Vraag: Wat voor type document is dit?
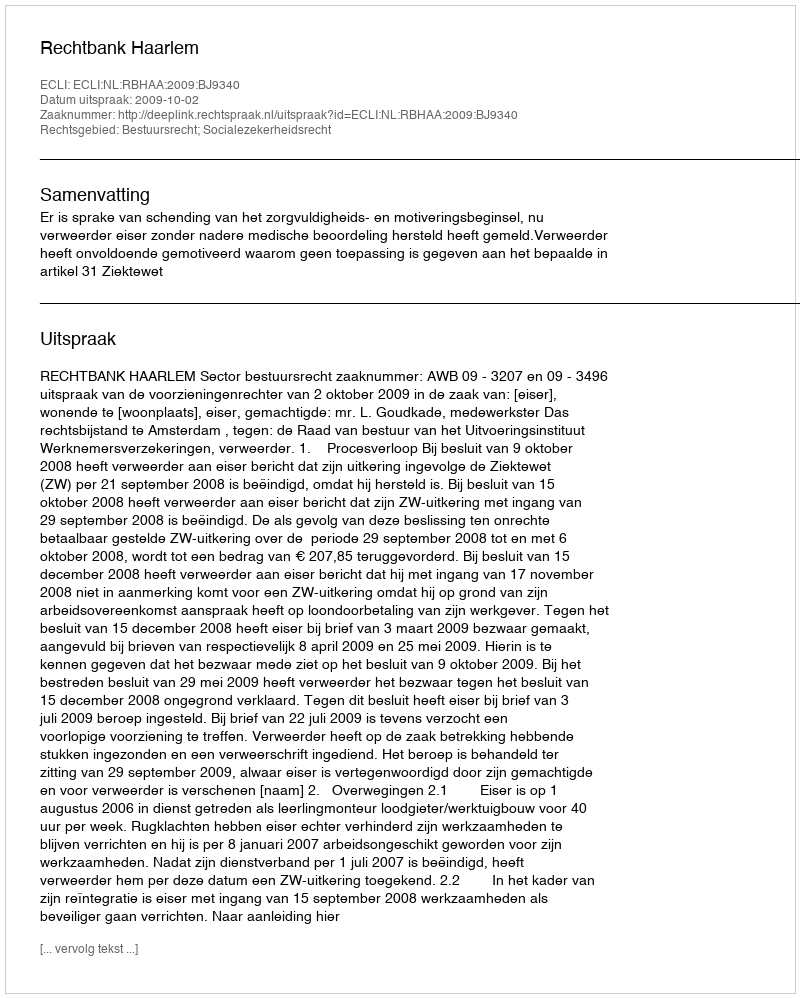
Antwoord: Uitspraak